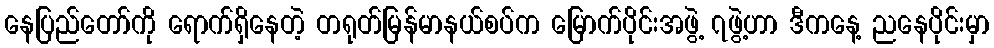
နေပြည်တော်ကို ရောက်ရှိနေတဲ့ တရုတ်မြန်မာနယ်စပ်က မြောက်ပိုင်းအဖွဲ့ ၇ဖွဲ့ဟာ ဒီကနေ့ ညနေပိုင်းမှာ